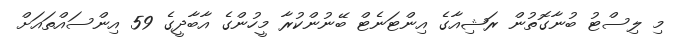
މި ލިސްޓު ބުނާގޮތުން ރަޝިއާގެ އިންޓަނެޓް ބޭނުންކުރާ މީހުންގެ އާބާދީގެ 59 އިންސައްތައަށް